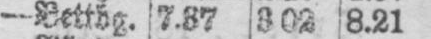
-Bettbg. 7.37 302 8.21